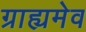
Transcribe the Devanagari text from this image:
ग्राह्यमेव